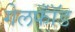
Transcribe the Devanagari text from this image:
गेलफॉँड